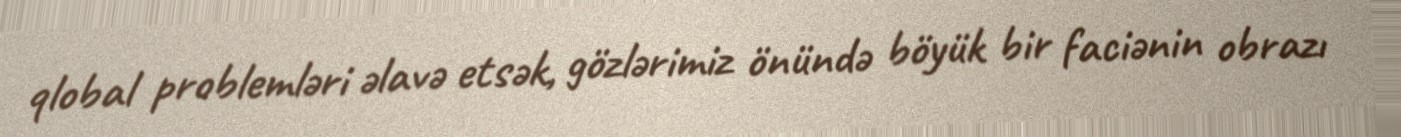
qlobal problemləri əlavə etsək, gözlərimiz önündə böyük bir faciənin obrazı